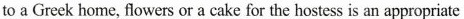
to a Greek home, flowers or a cake for the hostess is an appropriate